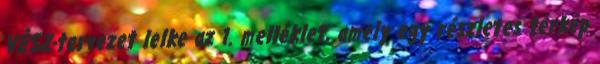
VÉSZ-tervezet lelke az 1. melléklet, amely egy részletes térkép